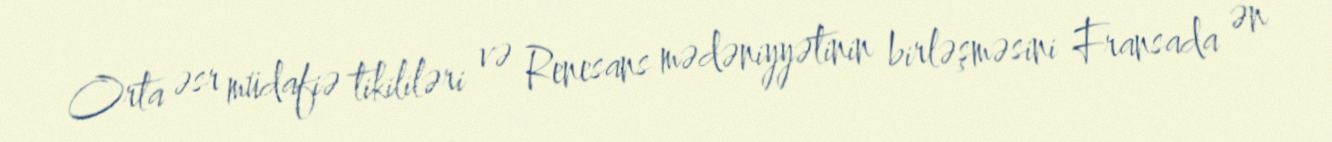
Orta əsr müdafiə tikililəri və Renesans mədəniyyətinin birləşməsini Fransada ən